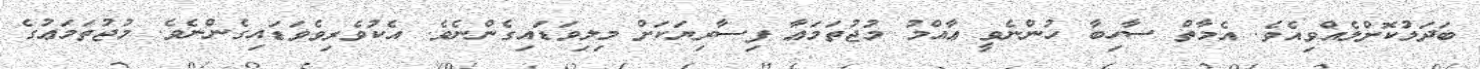
ބަދަލުކޮށްލެއްވިއެވެ. އެމާތް ސާހިބާ ހުންނެވީ ޢާއްމު މުޖުތަމަޢާ ފިސާރިޔަކަށް މިލިވަޑައިގެންނެވެ. އެކުވެރިވެވަޑައިގެންނެވެ. މުޖުތަމަޢުގެ